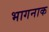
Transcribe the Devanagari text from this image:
भागनाक